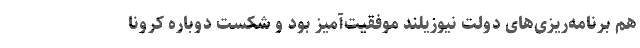
هم برنامه‌ریزی‌های دولت نیوزیلند موفقیت‌آمیز بود و شکست دوباره کرونا